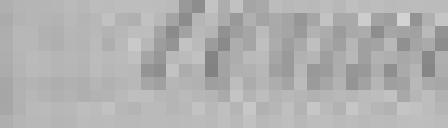
??